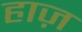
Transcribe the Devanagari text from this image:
हाज़